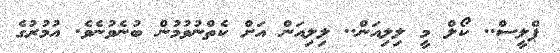
ޕްލީސް.. ކޯލް މީ ލިލިއަން.. ލިލިއަން އަށް ކެތްނުވުމުން ބުނެވުނެވެ. އުމުރުގެ